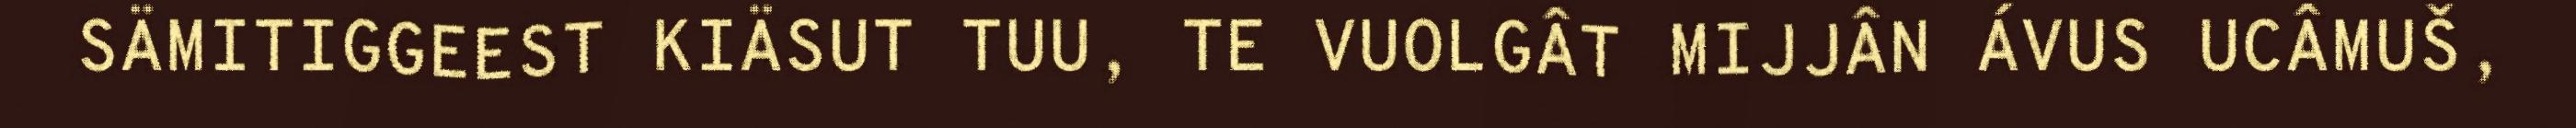
SÄMITIGGEEST KIÄSUT TUU, TE VUOLGÂT MIJJÂN ÁVUS UCÂMUŠ,